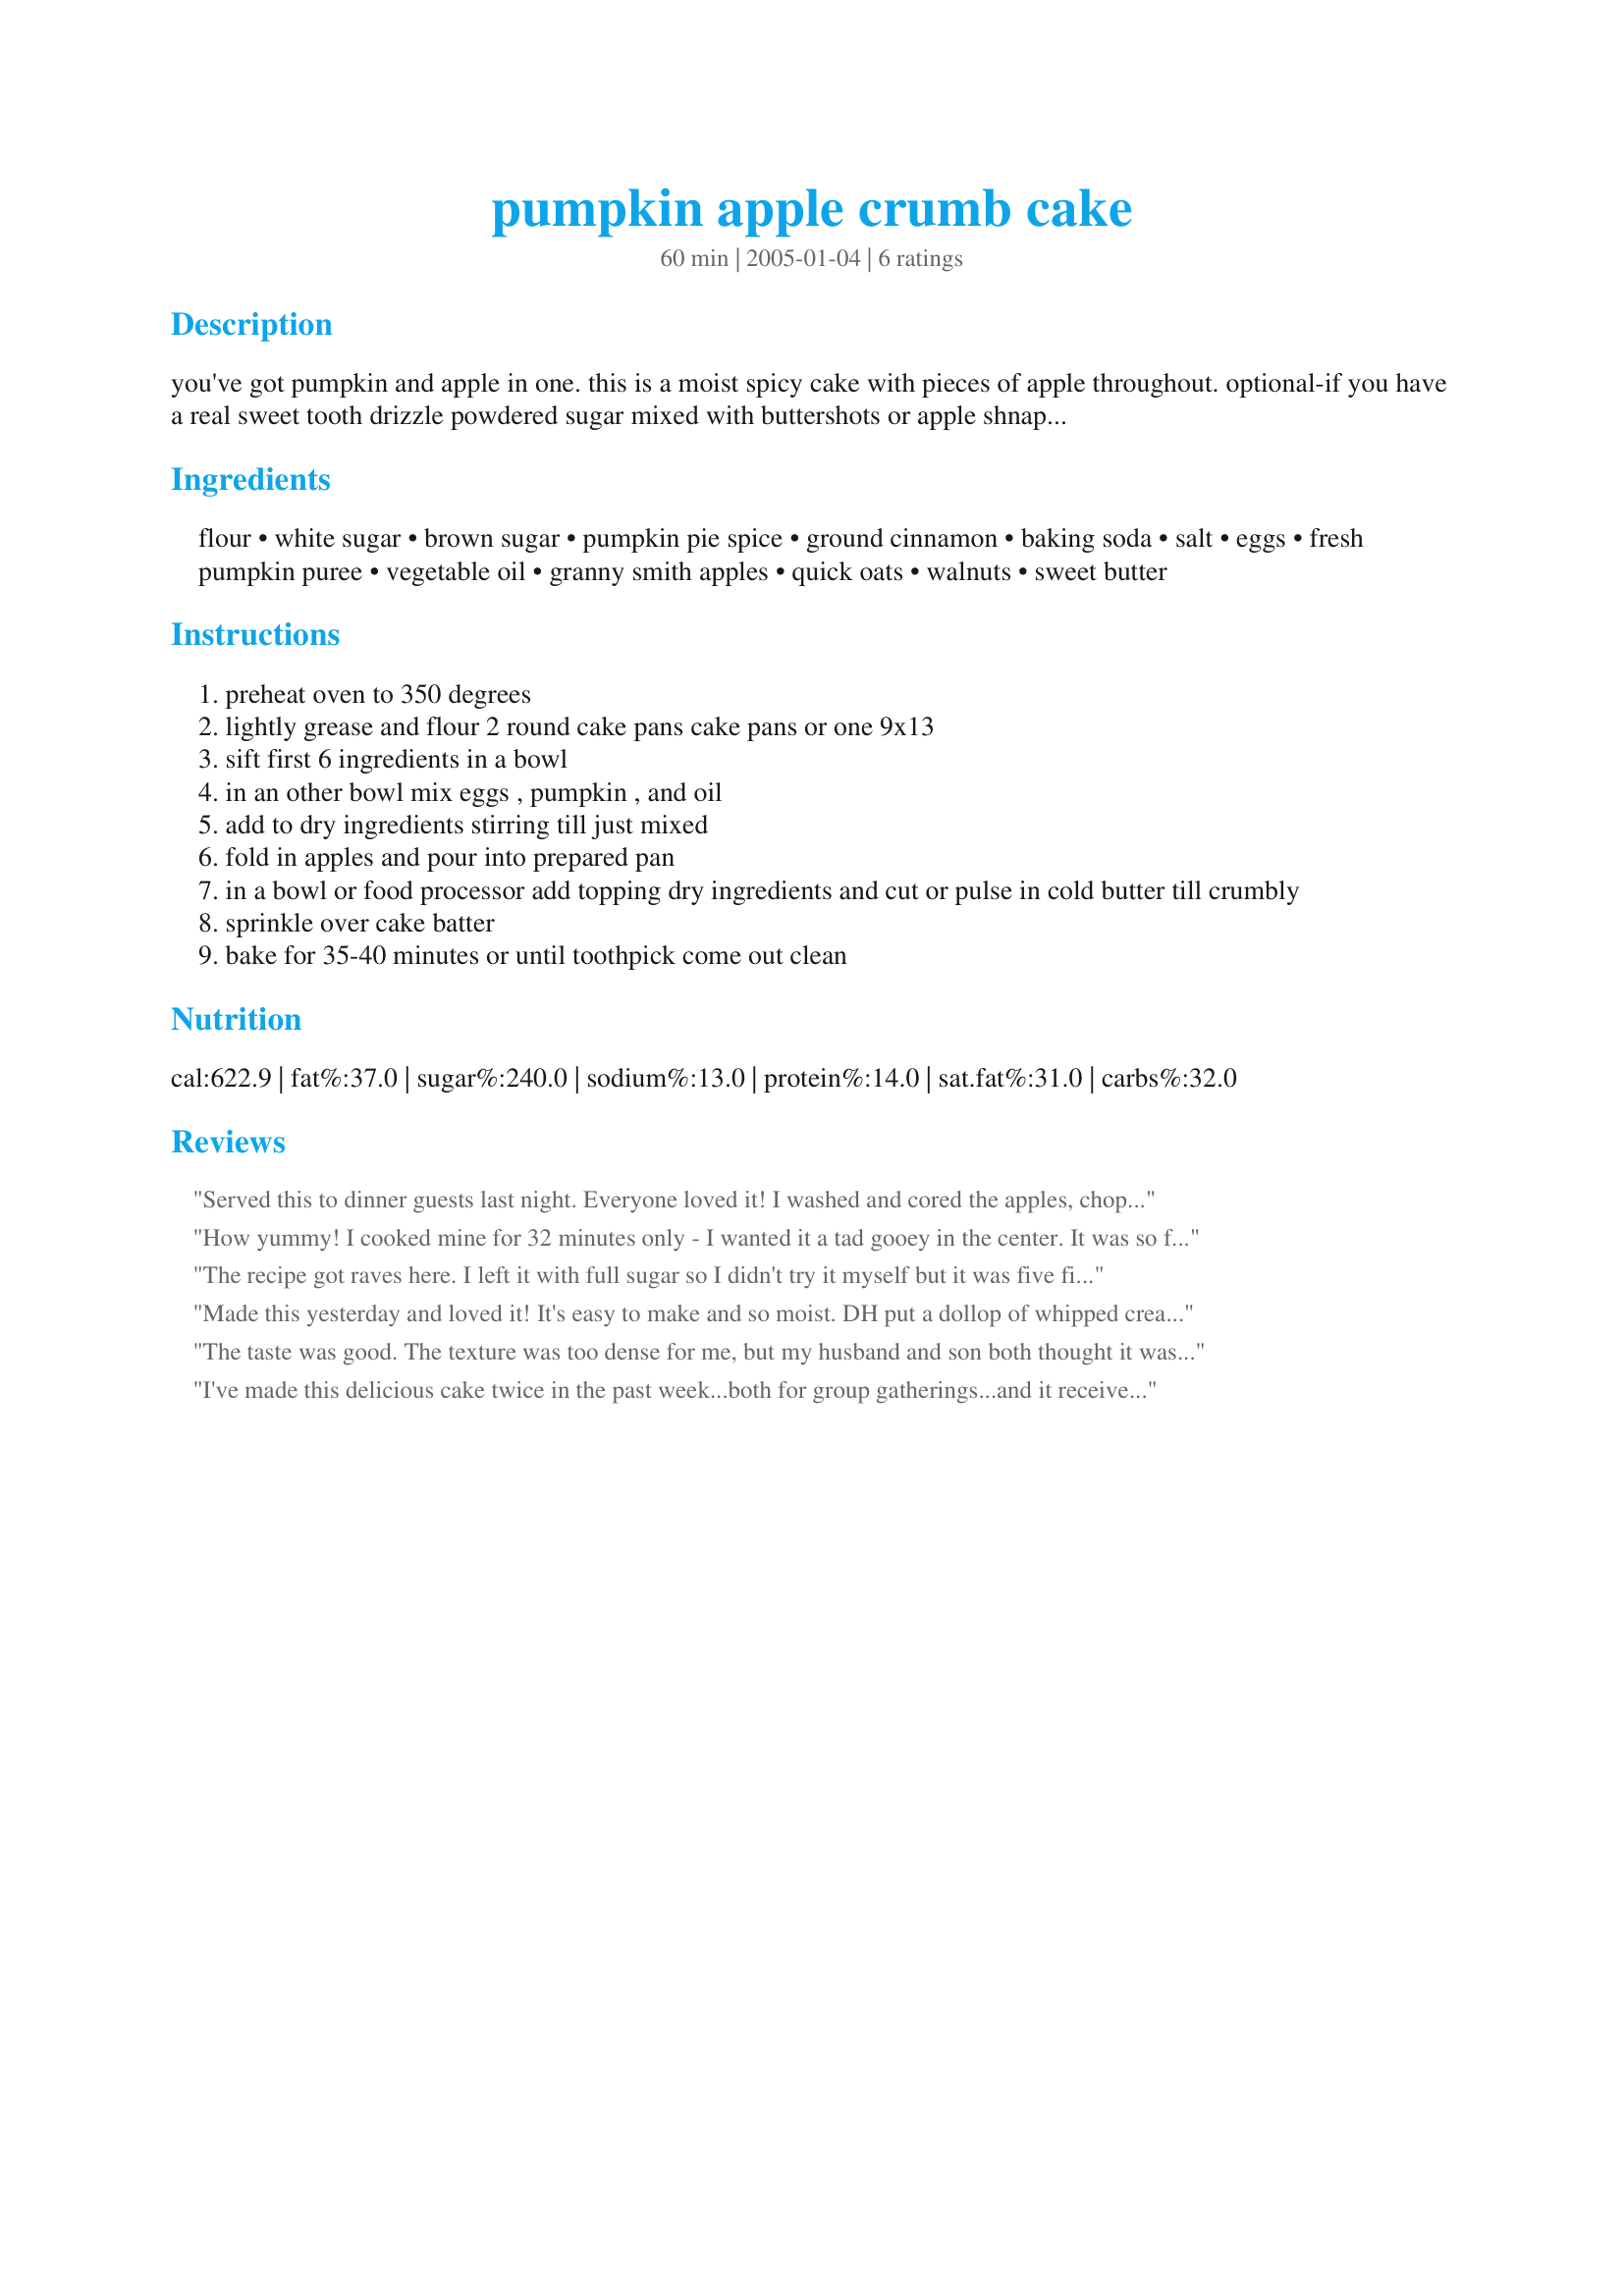
pumpkin apple crumb cake
Preparation time: 60 minutes

you've got pumpkin and apple in one. this is a moist spicy cake with pieces of apple throughout. optional-if you have a real sweet tooth drizzle powdered sugar mixed with buttershots or apple shnapps to glaze cake. this would also be great with dried cranberries or raisins mix in along with the apples. this recipe was given to me by tim a great guy i work with. yes tweaked a bit!
made 60 mini muffins nov 26, 2013 baked them for 15-18 minutes and i made twice the amount topping. i brought them to a party(leaving 12 home) so everyone could have a bite and room to enjoy the other food.

Ingredients:
flour, white sugar, brown sugar, pumpkin pie spice, ground cinnamon, baking soda, salt, eggs, fresh pumpkin puree, vegetable oil, granny smith apples, quick oats, walnuts, sweet butter

Steps:
preheat oven to 350 degrees
lightly grease and flour 2 round cake pans cake pans or one 9x13
sift first 6 ingredients in a bowl
in an other bowl mix eggs , pumpkin , and oil
add to dry ingredients stirring till just mixed
fold in apples and pour into prepared pan
in a bowl or food processor add topping dry ingredients and cut or pulse in cold butter till crumbly
sprinkle over cake batter
bake for 35-40 minutes or until toothpick come out clean

Reviews:
Served this to dinner guests last night. Everyone loved it! I washed and cored the apples, chopped them in the food processor. Used whole wheat pastry flour for the flour and sugar substitute for the white sugar. For the topping I added 1 tablespoon of brown sugar to the mix. Thanks for a moist and tasty cake!
How yummy! I cooked mine for 32 minutes only - I wanted it a tad gooey in the center. It was so fallish and moist and a hit at my meeting. My DH went to sample it and ended up eating 1/4 of the cake! This one's a keeper!
The recipe got raves here. I left it with full sugar so I didn't try it myself but it was five fingers up! I skipped the topping as the guys said that they didn't really care about having it added. I used the mini angel food pans to make 6 huge muffins. They came out light, very moist and are going fast! The baking aroma is divine. They were baking when the men came indoors and nosed were raised, snuffing and I head a couple of variations of "It sure smalls good in here". Made for Photo Tag.
Made this yesterday and loved it! It's easy to make and so moist. DH put a dollop of whipped cream on his. I took your advice, Rita, and used a glaze made of confectioner's sugar and Buttershots. Mmmm, good. Thanks for a great recipe, Rita.
The taste was good. The texture was too dense for me, but my husband and son both thought it was fine. However, I made it with only the crumb topping. The crumb topping was very dry and kind of bitter. I would strongly recommend either adding sugar to the topping or using the optional glaze.
I've made this delicious cake twice in the past week...both for group gatherings...and it received VERY HIGH marks from everyone! I've also shared the recipe with one person, and SHE was asked to submit the cake for a church auction...how's THAT for praise? I did make a few adjustments to the recipe...all of which seemed to work just fine. I cut back on the white sugar by 1/4 cup, as I didn't want the finished product to be too sweet. In addition to the called-for 1 tsp. cinnamon in the recipe, I used my own pumpkin pie spice concoction...a total of 3 tsp. cinnamon, 1 1/2 tsp. ginger and 3/4 tsp. cloves, actually more than the 1 Tbsp. of pumpkin pie spice called for, but nice! I was generous with the apples as well, using all of two medium -sized ones, a bit more than 2 cups. Also added about 1 cup of raisins...steeped in 3 Tbsp. brandy in microwave for 20 seconds to soften, then cooled...and added the liquid along with the raisins, and apples. Be aware that the batter is REALLY thick and takes some patience spreading evenly in a 13 X 9 pan. Finally, I eliminated the topping altogether, simply dusting the top of the cake with powdered sugar! This is one terrific Fall treat...thanks, Rita!
